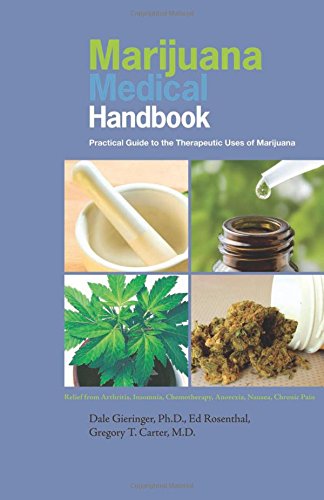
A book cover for Marijuana Medical Handbook: Practical Guide to Therapeutic Uses of Marijuana; Dale Gieringer Ph.D.; Medical Books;